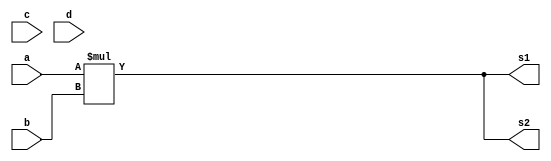
module mul_4_assign (a, b, c, d, s1, s2);
input signed [3:0] a, b;
input [3:0] c, d;
output signed [4:0] s1, s2;

assign s1 = (a * b);
assign s2 = ($signed(a) * $signed(b));

endmodule // mul_4_assign